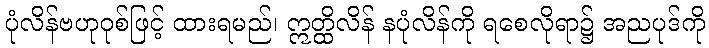
ပုံလိန်ဗဟုဝုစ်ဖြင့် ထားရမည်၊ ဣတ္ထိလိန် နပုံလိန်ကို ရစေလိုရာ၌ အညပုဒ်ကို